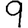
Digit: 9